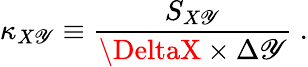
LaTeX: \kappa_{X\mathscr{Y}}\equiv\frac{{S_{X\mathscr{Y}}}}{{\DeltaX\times\Delta\mathscr{Y}}}~.